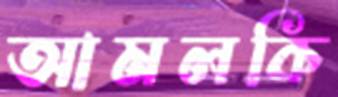
আমলকি